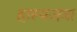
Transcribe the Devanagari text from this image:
हास्यजत्रा